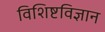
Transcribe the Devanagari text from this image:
विशिष्टविज्ञान